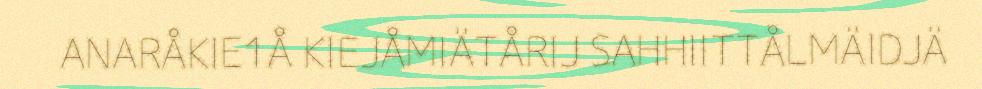
ANARÅKIE1Å KIEJÅMIÄTÅRIJ SAHHIITTÅLMÄIDJÄ